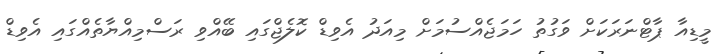
މީޑިއާ ޕާޓްނަރަކަށް ވަގުތު ހަމަޖެއްސުމަށް މިއަދު އެވިޑް ކޮލެޖްގައި ބޭއްވި ރަސްމިއްޔާތެއްގައި އެވިޑް